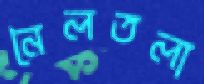
নৈলতলা